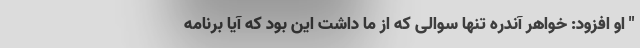
" او افزود: خواهر آندره تنها سوالی که از ما داشت این بود که آیا برنامه